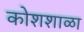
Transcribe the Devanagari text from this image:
कोशशाळा